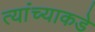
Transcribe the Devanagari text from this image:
त्यांंच्याकडे